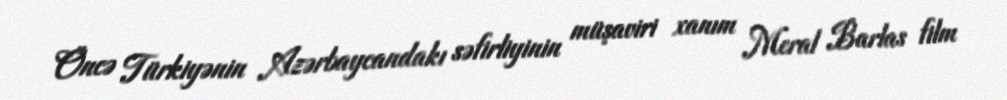
Öncə Türkiyənin Azərbaycandakı səfirliyinin müşaviri xanım Meral Barlas film